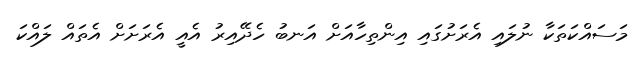
މަސައްކަތަކާ ނުލައި އެރަށުގައި އިންތިހާއަށް އަނބު ހެދޭއިރު އެއީ އެރަށަށް އެތައް ލައްކަ